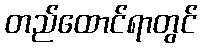
တည်ထောင်ရာတွင်